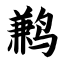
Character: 鹣